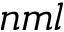
n m l